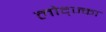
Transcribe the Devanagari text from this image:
लोद्ज्का